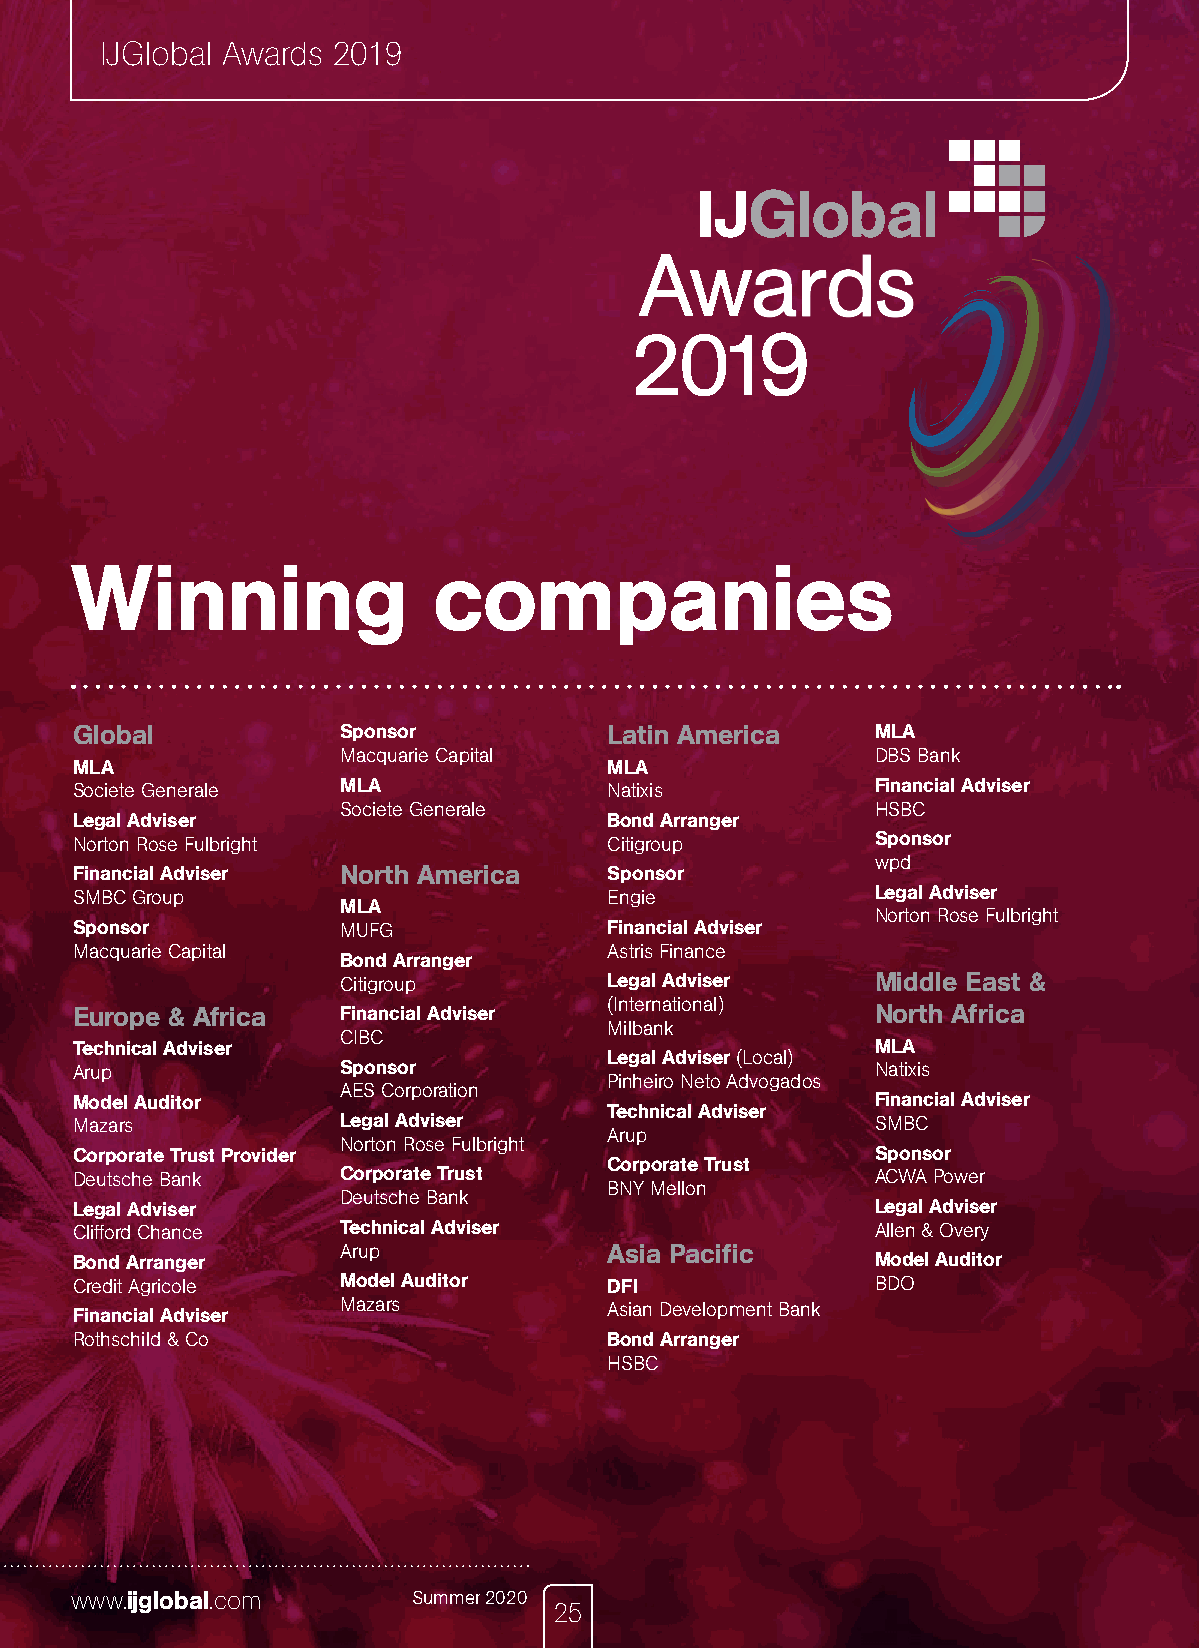
IJGlobal Awards 2019
 Winning                 companies
 Global            Sponsor          Latin America     MLA
 Macquarie Capital                  DBS Bank
 MLA                                MLA
 Societe Generale  MLA              Natixis           Financial Adviser
 Societe Generale                   HSBC
 Legal Adviser                      Bond Arranger
 Norton Rose Fulbright              Citigroup         Sponsor
 wpd
 Financial Adviser North America    Sponsor
 SMBC Group                         Engie             Legal Adviser
 MLA
 Norton Rose Fulbright
 Sponsor           MUFG             Financial Adviser
 Macquarie Capital                  Astris Finance
 Bond Arranger
 Citigroup        Legal Adviser     Middle East &
 (International)
 Europe & Africa   Financial Adviser                  North Africa
 Milbank
 CIBC
 Technical Adviser                                    MLA
 Legal Adviser (Local)
 Arup              Sponsor                            Natixis
 Pinheiro Neto Advogados
 AES Corporation
 Model Auditor                                        Financial Adviser
 Technical Adviser
 Mazars            Legal Adviser                      SMBC
 Arup
 Norton Rose Fulbright
 Corporate Trust Provider                             Sponsor
 Corporate Trust
 Deutsche Bank     Corporate Trust                    ACWA Power
 BNY Mellon
 Deutsche Bank
 Legal Adviser                                        Legal Adviser
 Clifford Chance   Technical Adviser                  Allen & Overy
 Arup             Asia Pacific
 Bond Arranger                                        Model Auditor
 Credit Agricole   Model Auditor    DFI               BDO
 Financial Adviser Mazars           Asian Development Bank
 Rothschild & Co                    Bond Arranger
 HSBC
 www.ijglobal.com      Summer 2020
 25